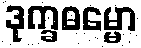
ဒုက္ခဓမ္မော